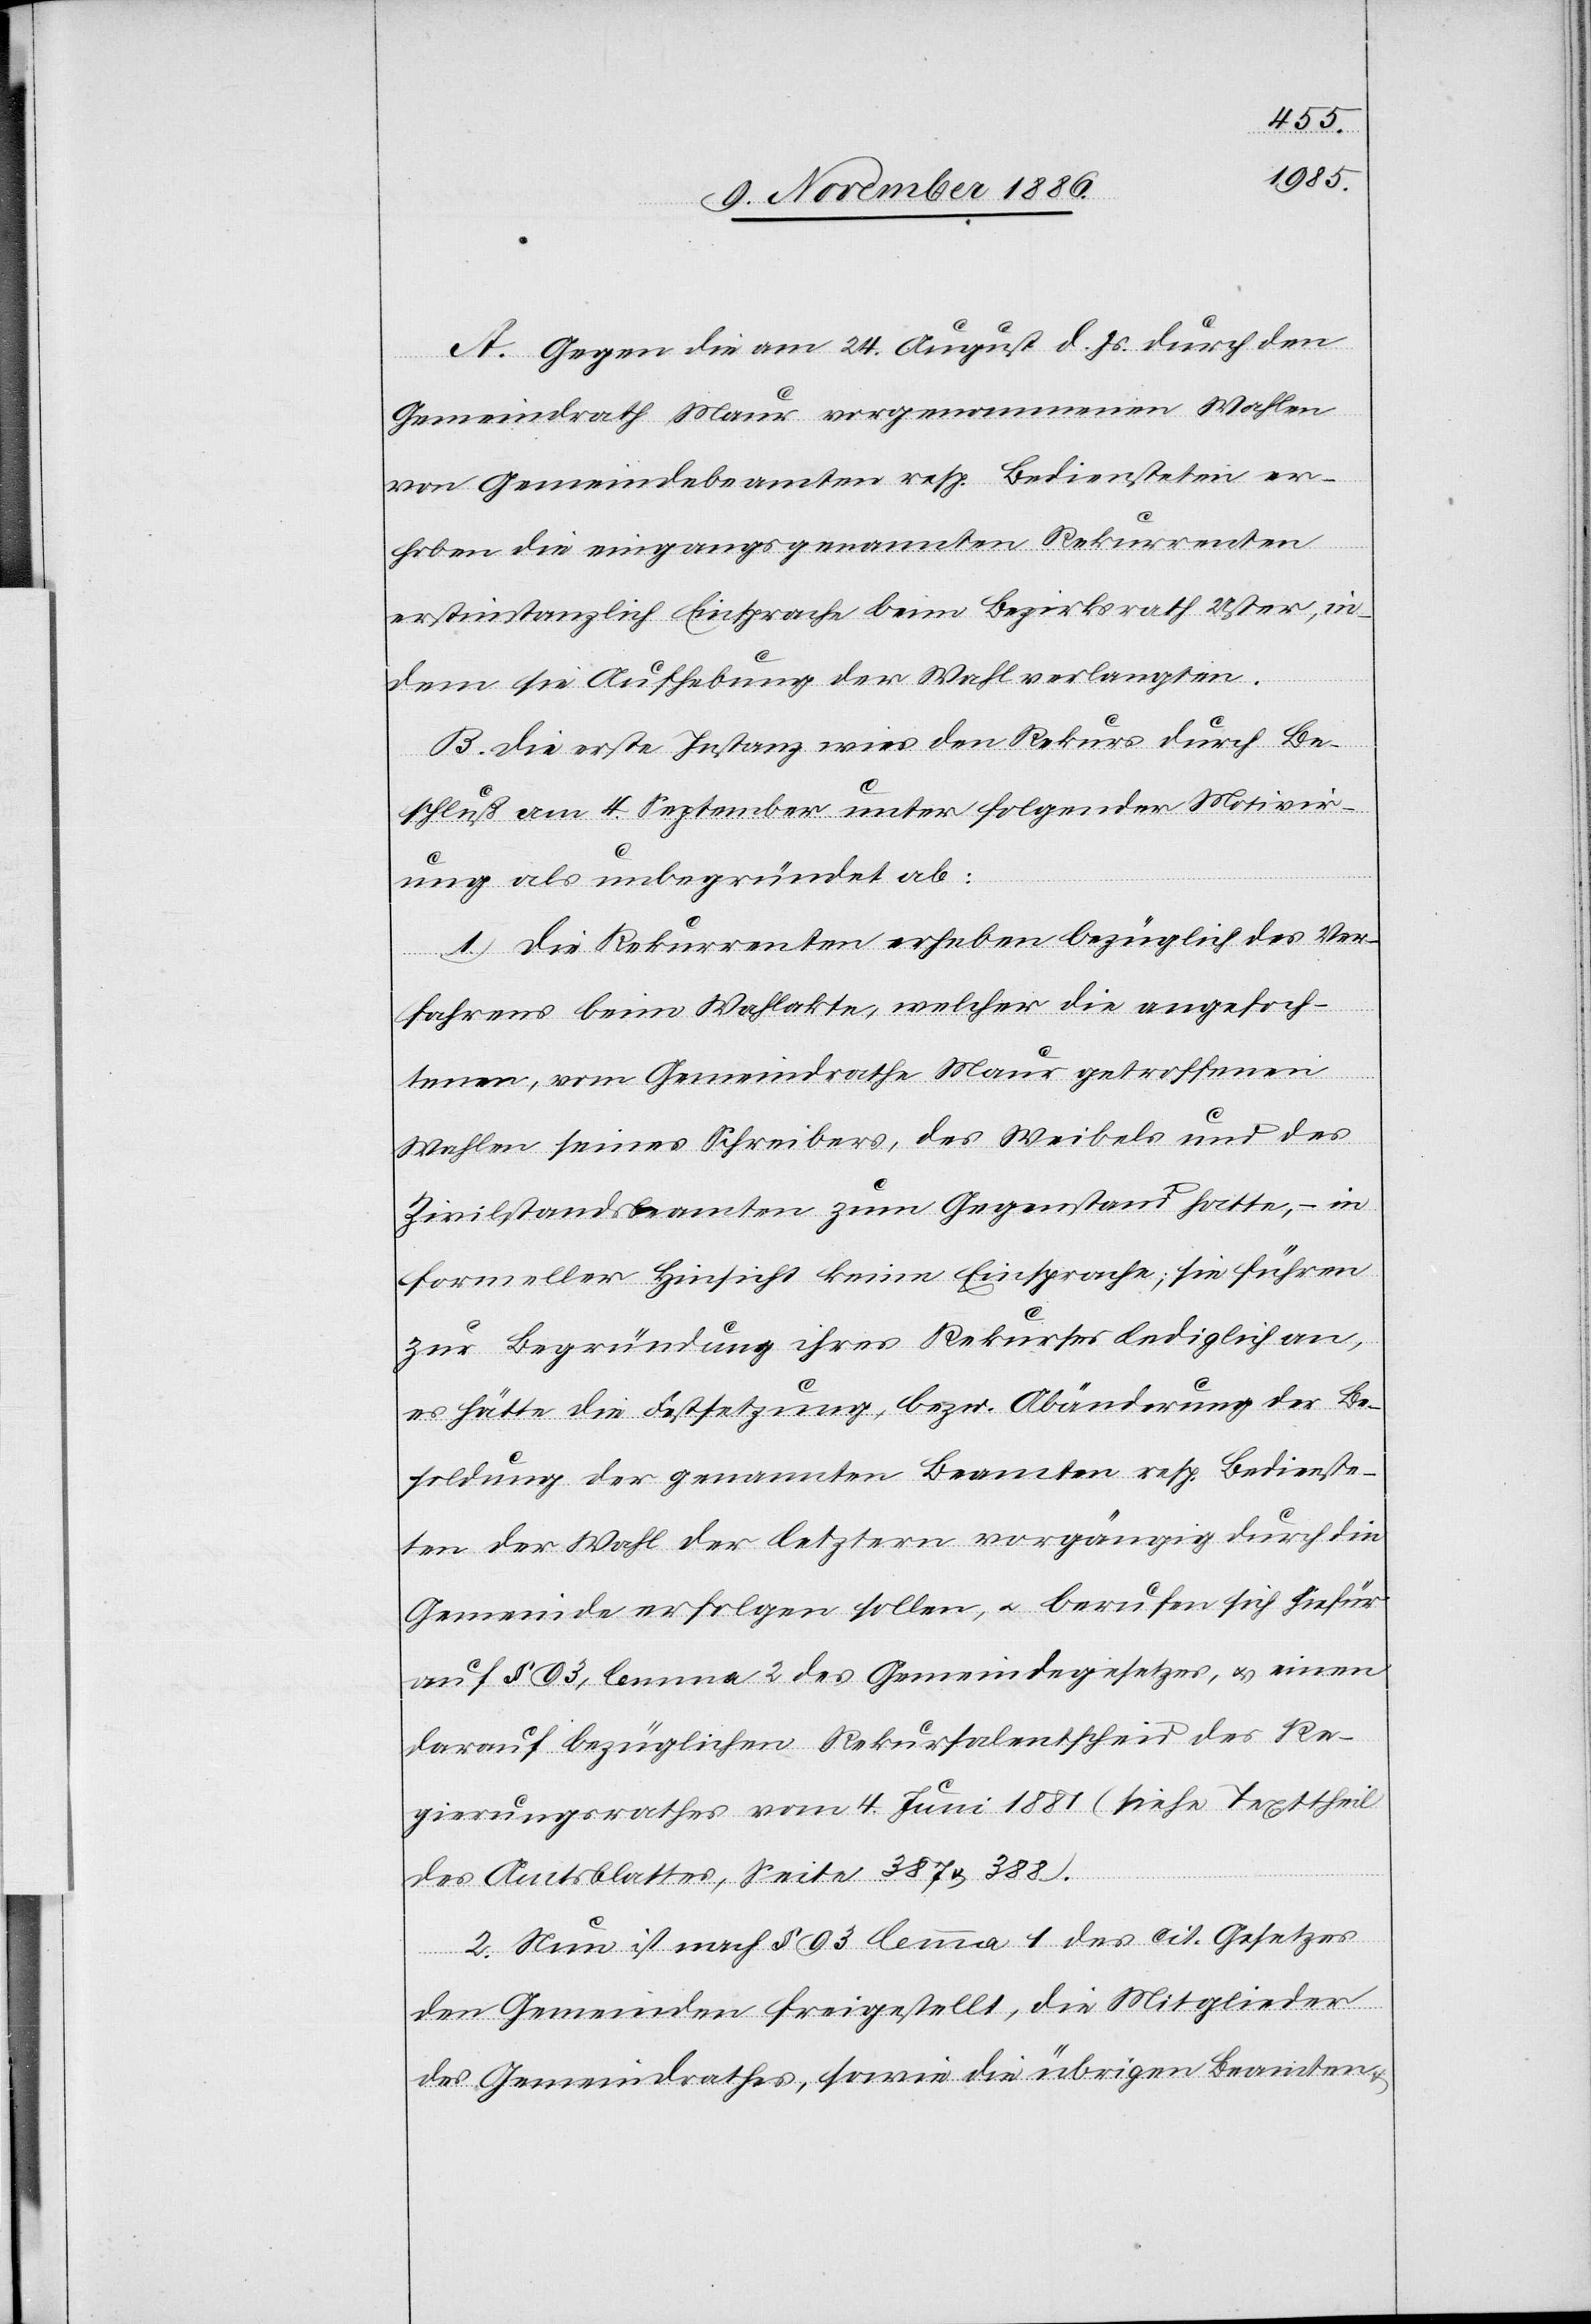
A. Gegen die am 24. August d. Js. durch den
Gemeindrath Maur vorgenommenen Wahlen
von Gemeindebeamten resp. Bediensteten er¬
hoben die eingangsgenannten Rekurrenten
erstinstanzlich Einsprache beim Bezirksrath Uster, in¬
dem sie Aufhebung der Wahl verlangten.
B. Die erste Instanz wies den Rekurs durch Be¬
schluß am 4. September unter folgender Motivir¬
ung als unbegründet ab:
1. Die Rekurrenten erheben bezüglich des Ver¬
fahrens beim Wahlakte, welcher die angefoch¬
tenen, vom Gemeindrathe Maur getroffenen
Wahlen seines Schreibers, des Weibels und des
Zivilstandsbeamten zum Gegenstand hatte, – in
formeller Hinsicht keine Einsprache; sie führen
zur Begründung ihres Rekurses lediglich an,
es hätte die Festsetzung, bezw. Abänderung der Be¬
soldung der genannten Beamten resp. Bedienste¬
ten der Wahl der letztern vorgängig durch die
Gemeinde erfolgen sollen, & berufen sich hiefür
auf § 93, lemma 2 des Gemeindegesetzes, & einen
darauf bezüglichen Rekursalentscheid des Re¬
gierungsrathes vom 4. Juni 1881 (siehe Texttheil
des Amtsblattes, Seite 387 & 388).
2. Nun ist nach § 93 lemma 1 des cit. Gesetzes
den Gemeinden freigestellt, die Mitglieder
des Gemeindrathes, sowie die übrigen Beamten